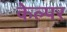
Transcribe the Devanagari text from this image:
केल्पर